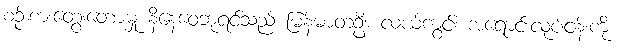
စဉ်းစားတွေးတောမှု နိနေဝေဘုရင်သည် မြန်မာတဦး လယ်ကွင်း အရောင်းလုပ်ငန်းကို